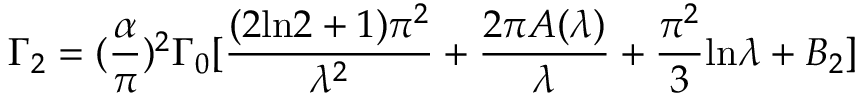
\Gamma _ { 2 } = ( { \frac { \alpha } { \pi } } ) ^ { 2 } \Gamma _ { 0 } [ { \frac { ( 2 \mathrm { l n } 2 + 1 ) \pi ^ { 2 } } { \lambda ^ { 2 } } } + { \frac { 2 \pi A ( \lambda ) } { \lambda } } + { \frac { \pi ^ { 2 } } { 3 } } \mathrm { l n } \lambda + B _ { 2 } ]